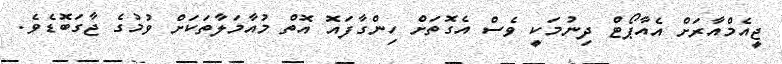
ޖީއެމްއާރަށް އެއާޕޯޓް ދިނުމަކީ ވެސް އެގޮތަށް ހިންގާފައޮ އޮތް މުއާމަލާތަކަށް ވުމުގެ ޖާގަބޮޑެވެ.